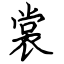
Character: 裳